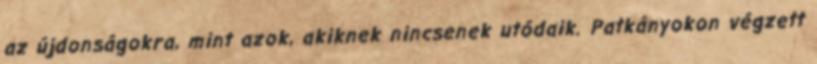
az újdonságokra, mint azok, akiknek nincsenek utódaik. Patkányokon végzett